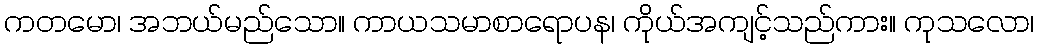
ကတမော၊ အဘယ်မည်သော။ ကာယသမာစာရောပန၊ ကိုယ်အကျင့်သည်ကား။ ကုသလော၊